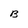
Character: B